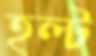
হল্ট